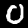
Label: 0